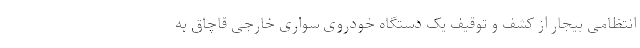
انتظامی بیجار از کشف و توقیف یک دستگاه خودروی سواری خارجی قاچاق به